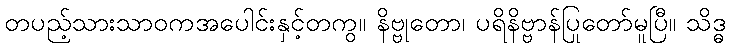
တပည့်သားသာဝကအပေါင်းနှင့်တကွ။ နိဗ္ဗုတော၊ ပရိနိဗ္ဗာန်ပြုတော်မူပြီ။ သိဒ္ဓ